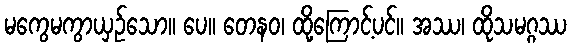
မကွေမကွာယှဉ်သော။ ပေ။ တေနဝ၊ ထို့ကြောင့်ပင်။ အဿ၊ ထိုသမဂ္ဂဿ